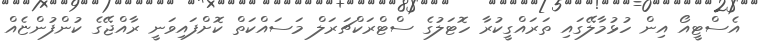
އެސްޓީއޯ އިން ހުޅުމާލޭގައި ތަރައްގީކުރާ ހޮޓަލުގެ ސްޓްރަކްޗަރަލް މަސައްކަތް ކޮށްފައިވަނީ ރާއްޖޭގެ ކުންފުންޏެއް